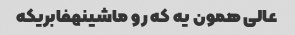
عالی همون یه که رو ماشینهفابریکه